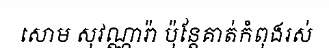
សោម សុវណ្ណារ៉ា ប៉ុន្តែគាត់កំពុងរស់